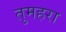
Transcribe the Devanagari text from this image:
तुमहरा